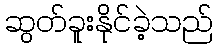
ဆွတ်ခူးနိုင်ခဲ့သည်